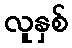
လူနှစ်